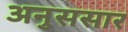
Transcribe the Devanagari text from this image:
अनुससार